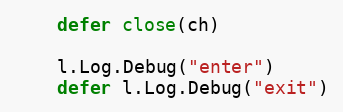
Language: Go
	defer close(ch)

	l.Log.Debug("enter")
	defer l.Log.Debug("exit")